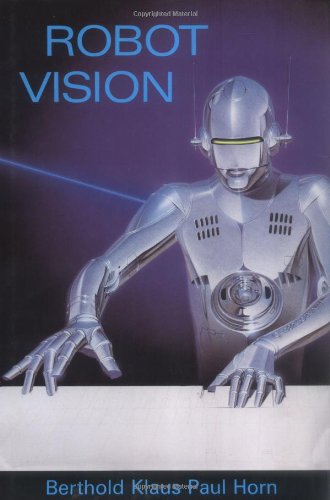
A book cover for Robot Vision (MIT Electrical Engineering and Computer Science); Berthold K.P. Horn; Computers & Technology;